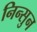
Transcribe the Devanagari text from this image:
निन्सुन